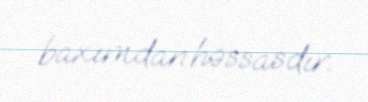
baxımdan həssasdır.